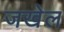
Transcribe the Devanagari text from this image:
जखेल